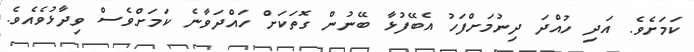
ކަމަށެވެ. އަދި ހުއްދަ ދިނުމަށްފަހު އެބޭފުޅާ ބޭނުން ގޮތަކަށް ހައްދަވާނެ ކަމަށްވެސް ވިދާޅުވެއެވެ.